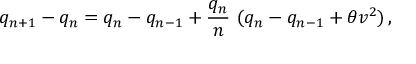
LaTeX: q _ { n + 1 } - q _ { n } = q _ { n } - q _ { n - 1 } + { \frac { q _ { n } } { n } } \, \, ( q _ { n } - q _ { n - 1 } + \theta v ^ { 2 } ) \, ,